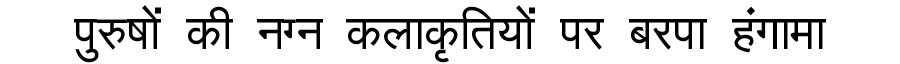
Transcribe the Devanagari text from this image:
पुरुषों की नग्न कलाकृतियों पर बरपा हंगामा